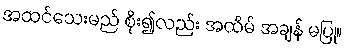
အထင်သေးမည် စိုး၍လည်း အထိမ် အချန် မပြု။